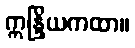
ဣန္ဒြိယကထာ။